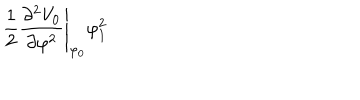
LaTeX: \left. \frac { 1 } { 2 } \frac { \partial ^ { 2 } V _ { 0 } } { \partial \varphi ^ { 2 } } \right| _ { \varphi _ { 0 } } \varphi _ { 1 } ^ { 2 }